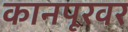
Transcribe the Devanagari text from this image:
कानपूरवर